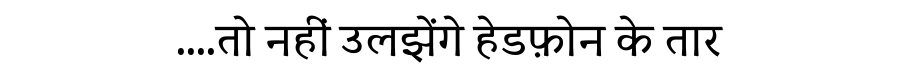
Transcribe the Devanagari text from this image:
....तो नहीं उलझेंगे हेडफ़ोन के तार